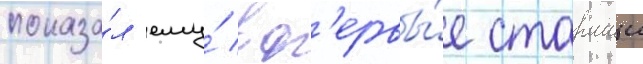
показа́л ему́ вп'ервы́е старшии